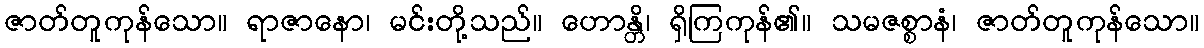
ဇာတ်တူကုန်သော။ ရာဇာနော၊ မင်းတို့သည်။ ဟောန္တိ၊ ရှိကြကုန်၏။ သမဇစ္စာနံ၊ ဇာတ်တူကုန်သော။